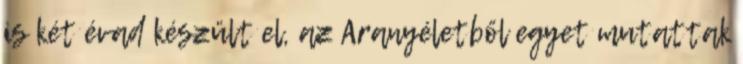
is két évad készült el, az Aranyéletből egyet mutattak